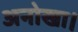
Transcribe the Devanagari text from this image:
अनोखा।